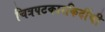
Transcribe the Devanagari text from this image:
चित्रपटकारकिर्दीची